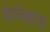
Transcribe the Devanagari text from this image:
कैमिकल्‍स